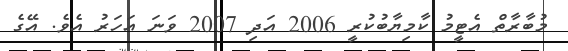
މުބާރާތް އެޓީމު ކާމިޔާބުކުރީ 2006 އަދި 2007 ވަނަ އަހަރު އެވެ. އޭގެ